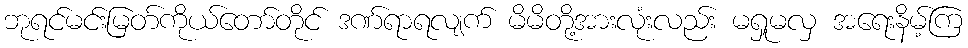
ဘုရင်မင်းမြတ်ကိုယ်တော်တိုင် ဒဏ်ရာရလျက် မိမိတို့အားလုံးလည်း မရှုမလှ အရေးနိမ့်ကြ